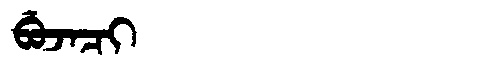
Manchu: ᠪᡠᠵᠠᠴᡳ
Romanization: BUJACI